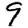
Digit: 9